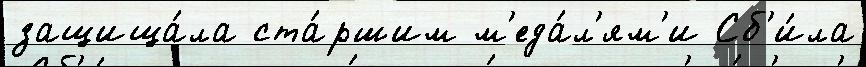
защища́ла ста́ршим м'еда́л'ям'и Сб'и́ла